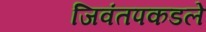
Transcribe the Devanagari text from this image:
जिवंतपकडले